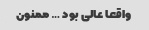
واقعا عالی بود … ممنون